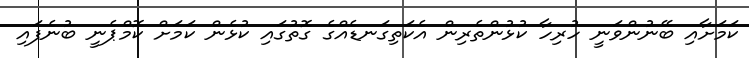
ކަމަށާއި ބޭނުންވަނީ ހުރިހާ ކުޅުންތެރިން އެކަތިގަނޑެއްގެ ގޮތުގައި ކުޅެން ކަމަށް ކޮމްޕެނީ ބުނެފައި